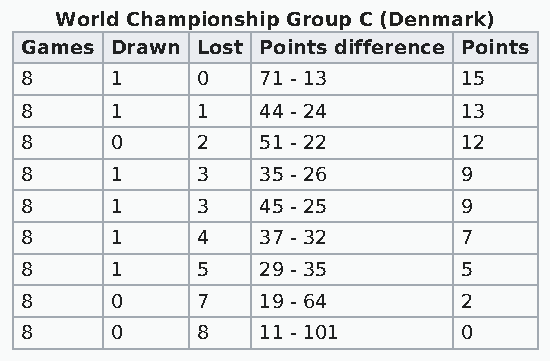
World Championship Group C (Denmark)
 Games Drawn Lost Points difference Points
 8     1     0   71 - 13       15
 8     1     1   44 - 24       13
 8     0     2   51 - 22       12
 8     1     3   35 - 26       9
 8     1     3   45 - 25       9
 8     1     4   37 - 32       7
 8     1     5   29 - 35       5
 8     0     7   19 - 64       2
 8     0     8   11 - 101      0